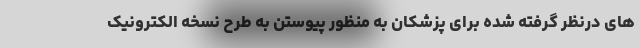
های درنظر گرفته شده برای پزشکان به منظور پیوستن به طرح نسخه الکترونیک